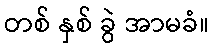
တစ် နှစ် ခွဲ အာမခံ။